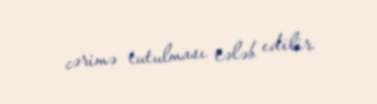
cərimə tutulması tələb edilir.